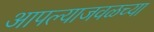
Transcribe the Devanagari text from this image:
आपल्याजवळच्या